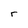
Character: r